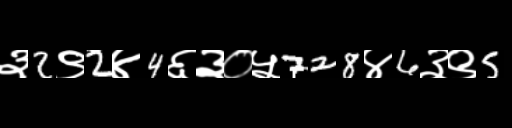
Text: ३2९2४4६३०५728४6३९5